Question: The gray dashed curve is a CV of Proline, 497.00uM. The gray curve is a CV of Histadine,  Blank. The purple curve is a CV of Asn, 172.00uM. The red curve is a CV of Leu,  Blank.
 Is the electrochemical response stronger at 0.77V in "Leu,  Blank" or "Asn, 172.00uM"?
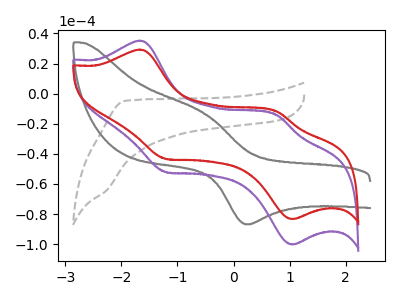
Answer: <think>The gray dashed curve "Proline, 497.00uM" has no peaks. The gray curve "Histadine,  Blank" has an anodic peak at (-0.55V, -12.75uA) and a cathodic peak at (0.20V, -86.80uA). The purple curve "Asn, 172.00uM" has anodic peaks at (-1.65V, 35.25uA) (0.75V, -14.20uA) and cathodic peaks at (-1.20V, -52.05uA) (1.05V, -100.25uA). The red curve "Leu,  Blank" has anodic peaks at (-1.65V, 29.30uA) (0.75V, -11.80uA) and cathodic peaks at (-1.20V, -43.25uA) (1.05V, -83.35uA).</think>
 <answer>The peak at 0.77V is higher in "Leu,  Blank" than in "Asn, 172.00uM".</answer>
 <eval>higher</eval>